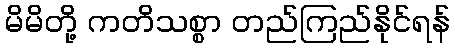
မိမိတို့ ကတိသစ္စာ တည်ကြည်နိုင်ရန်